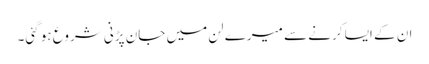
ان کے ایسا کرنے سے میرے لن میں جان پڑنی شروع ہو گئی۔